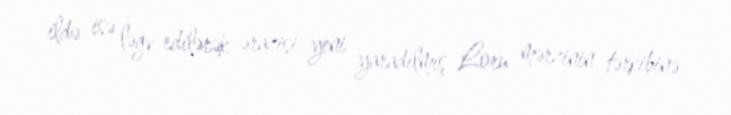
ildə isə ləğv edilərək ərazisi yeni yaradılmış Loru mərzinin tərkibinə